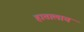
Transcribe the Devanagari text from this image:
हातालाच